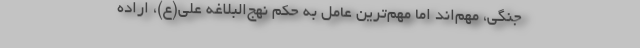
جنگی، مهم‌اند اما مهم‌ترین عامل به حکم نهج‌البلاغه علی‌(ع)، اراده‌